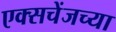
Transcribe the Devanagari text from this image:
एक्सचेंजच्या